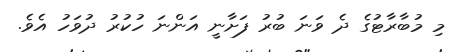
މި މުބާރާޓުގެ ދެ ވަނަ ބުރު ފަށާނީ އަންނަ ހުކުރު ދުވަހު އެވެ.